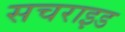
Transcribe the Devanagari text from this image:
सचराइड